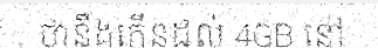
ថានឹងកើនដល់ 4GB នៅ